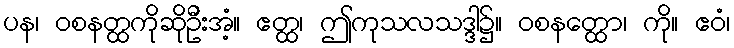
ပန၊ ဝစနတ္ထကိုဆိုဦးအံ့။ ဧတ္ထ၊ ဤကုသလသဒ္ဒါ၌။ ဝစနတ္ထော၊ ကို။ ဧဝံ၊